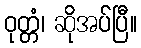
ဝုတ္တံ၊ ဆိုအပ်ပြီ။